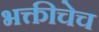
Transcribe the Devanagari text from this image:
भक्तीचेच